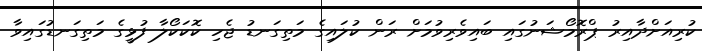
ކުރިއަށްދާއިރު ޕްރޮމޯޝަނުގައި ބައިވެރިވުމަށް ރަން ކުލައިގެ މަތިގަނޑު ޖެހި ކޮކަކޯލާ ފުޅީގެ މަތިގަނޑުގައިވާ